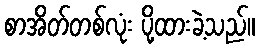
စာအိတ်တစ်လုံး ပို့ထားခဲ့သည်။